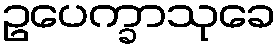
ဥပေက္ခာသုခေ